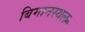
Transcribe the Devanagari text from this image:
बिमानस्थल